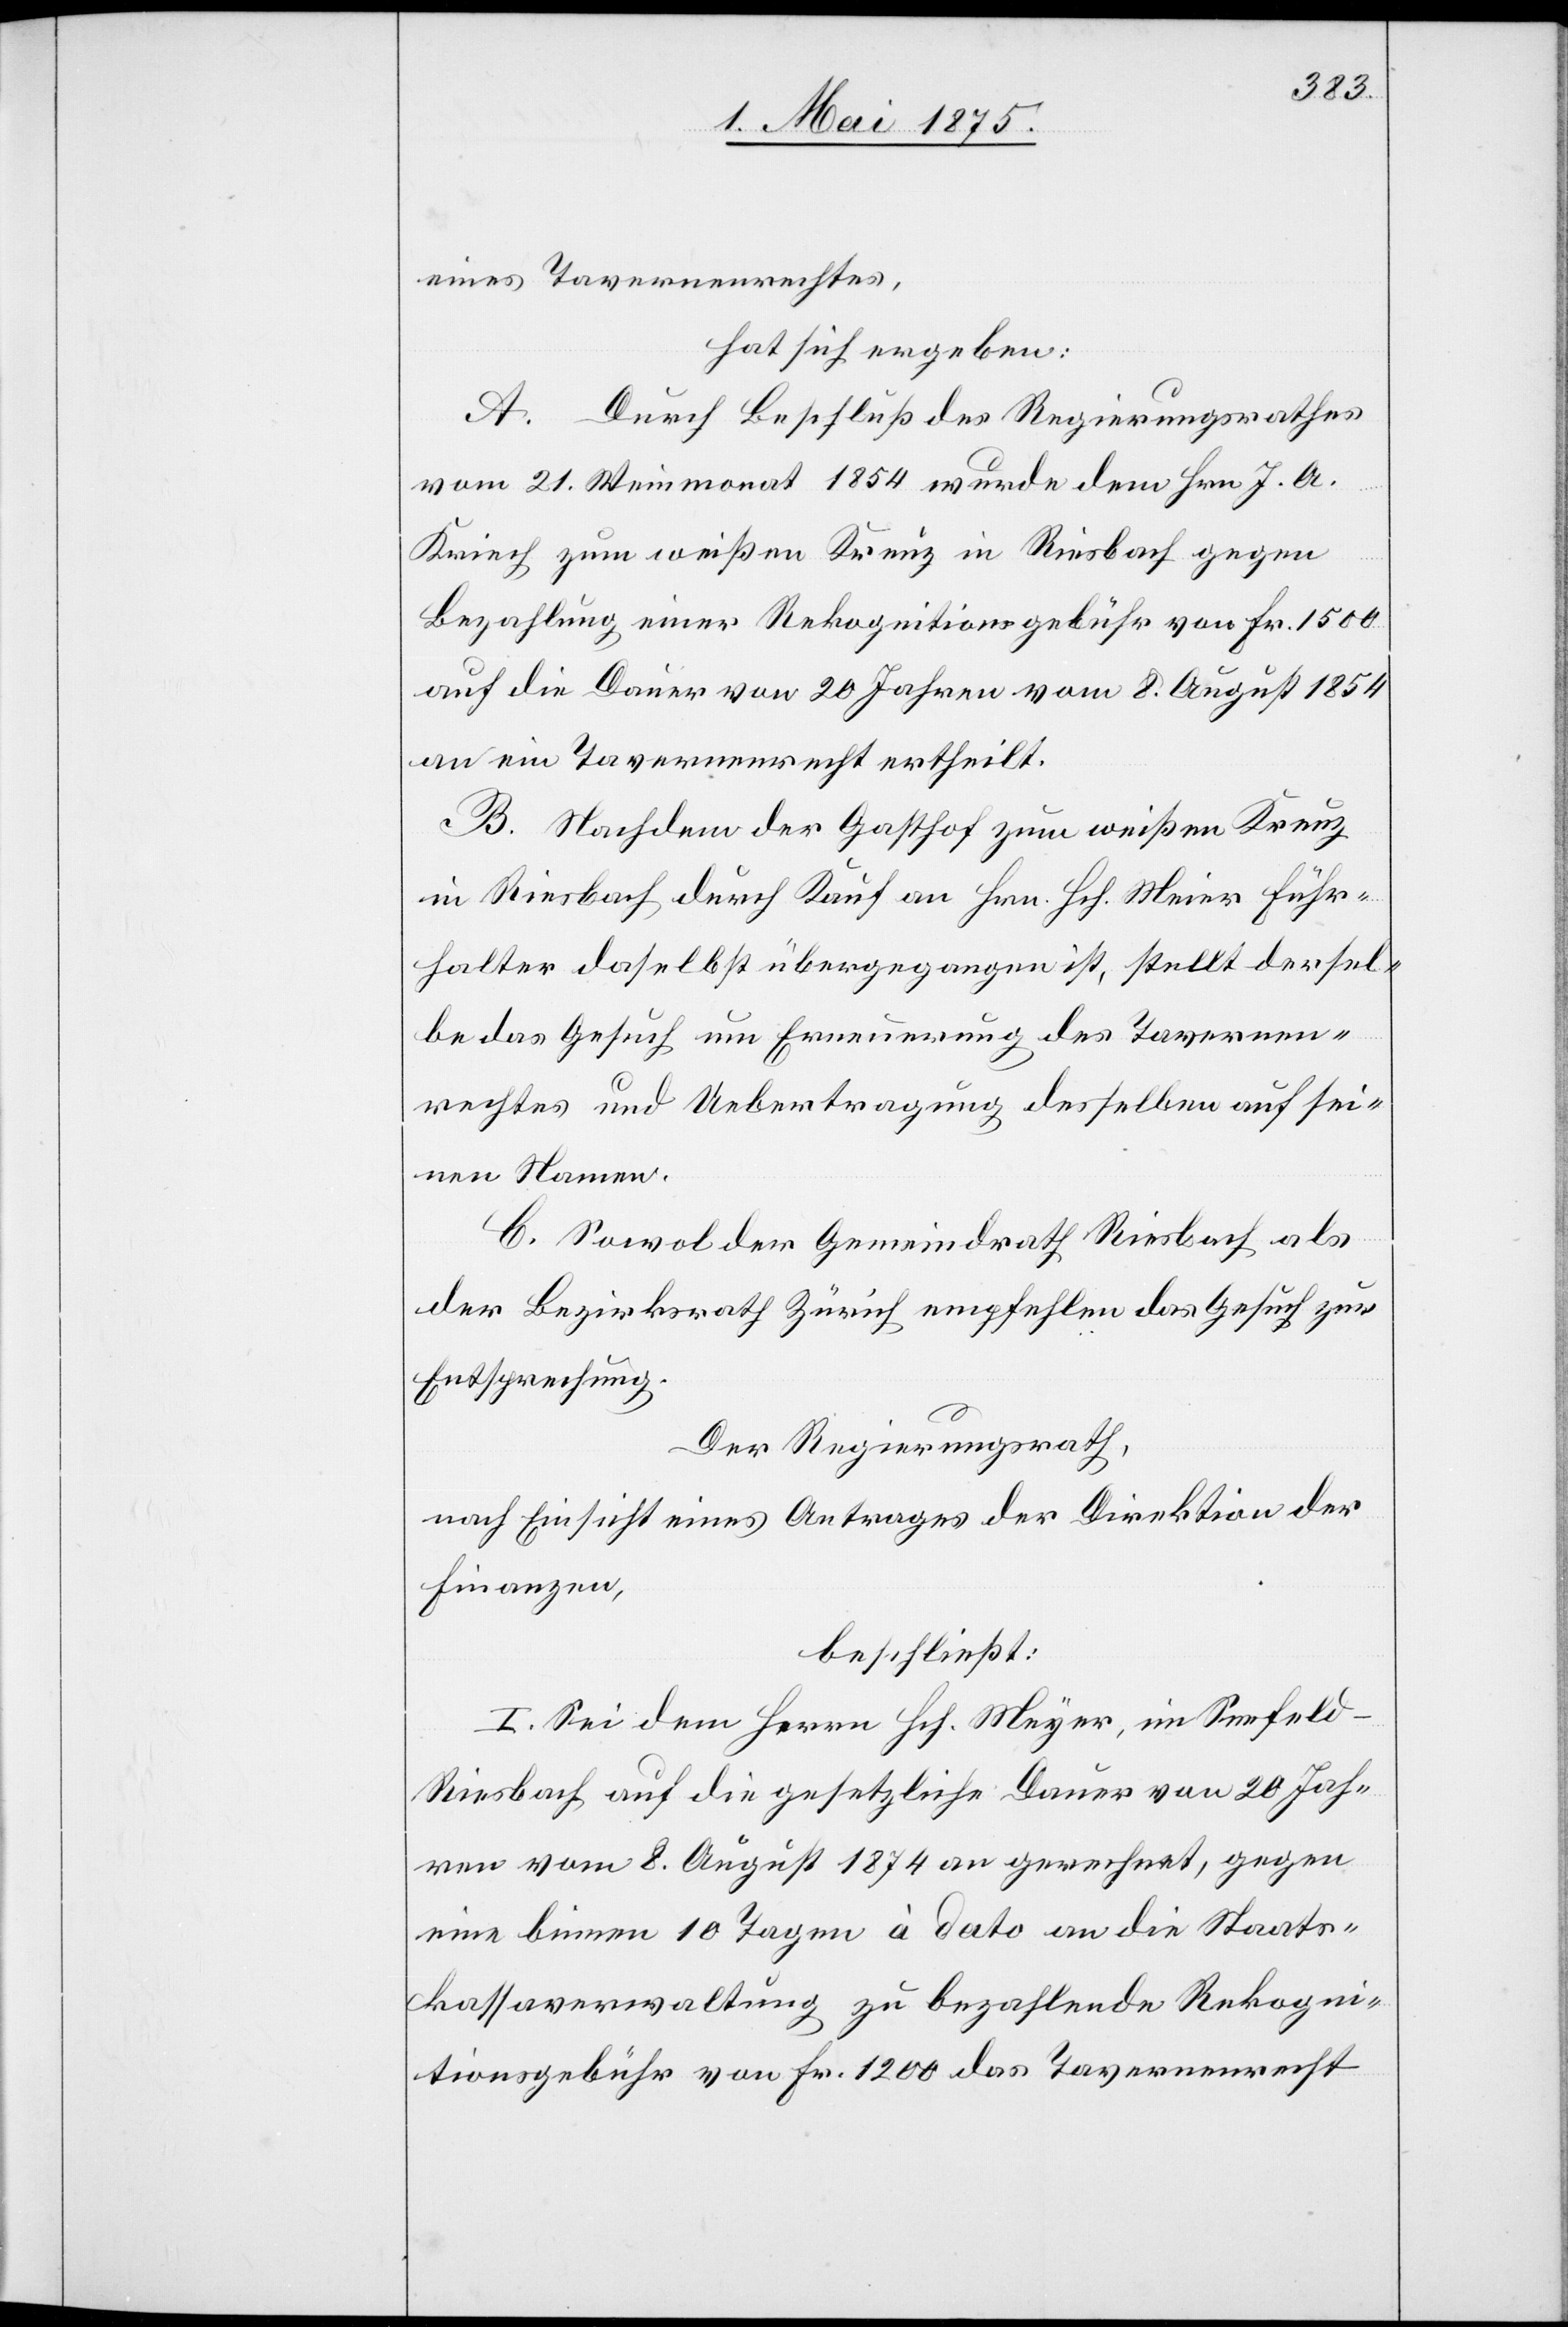
eines Tavernenrechtes,
hat sich ergeben:
A. Durch Beschluß des Regierungsrathes
vom 21. Weinmonat 1854 wurde dem Hrn. J. A.
Kriech zum weißen Kreuz in Riesbach gegen
Bezahlung einer Rekognitionsgebühr von Fr. 1500
auf die Dauer von 20 Jahren vom 8. August 1854
an ein Tavernenrecht ertheilt.
B. Nachdem der Gasthof zum weißen Kreuz
in Riesbach durch Kauf an Hrn. Meier [sic!] Fuhr¬
halter daselbst übergegangen ist, stellt dersel¬
be das Gesuch um Erneuerung des Tavernen¬
rechtes und Uebertragung desselben auf sei¬
nen Namen.
C. Sowol der Gemeindrath Riesbach als
der Bezirksrath Zürich empfehlen das Gesuch zur
Entsprechung.
Der Regierungsrath,
nach Einsicht eines Antrages der Direktion der
Finanzen,
beschließt:
I. Sei dem Herrn Hrh. Meyer, im Seefeld -
Riesbach auf die gesetzliche Dauer von 20 Jah¬
ren vom 8. August 1874 an gerechnet, gegen
eine binnen 10 Tagen à dato an die Staats¬
kassaverwaltung zu bezahlende Rekogni¬
tionsgebühr von Fr. 1200 das Tavernenrecht